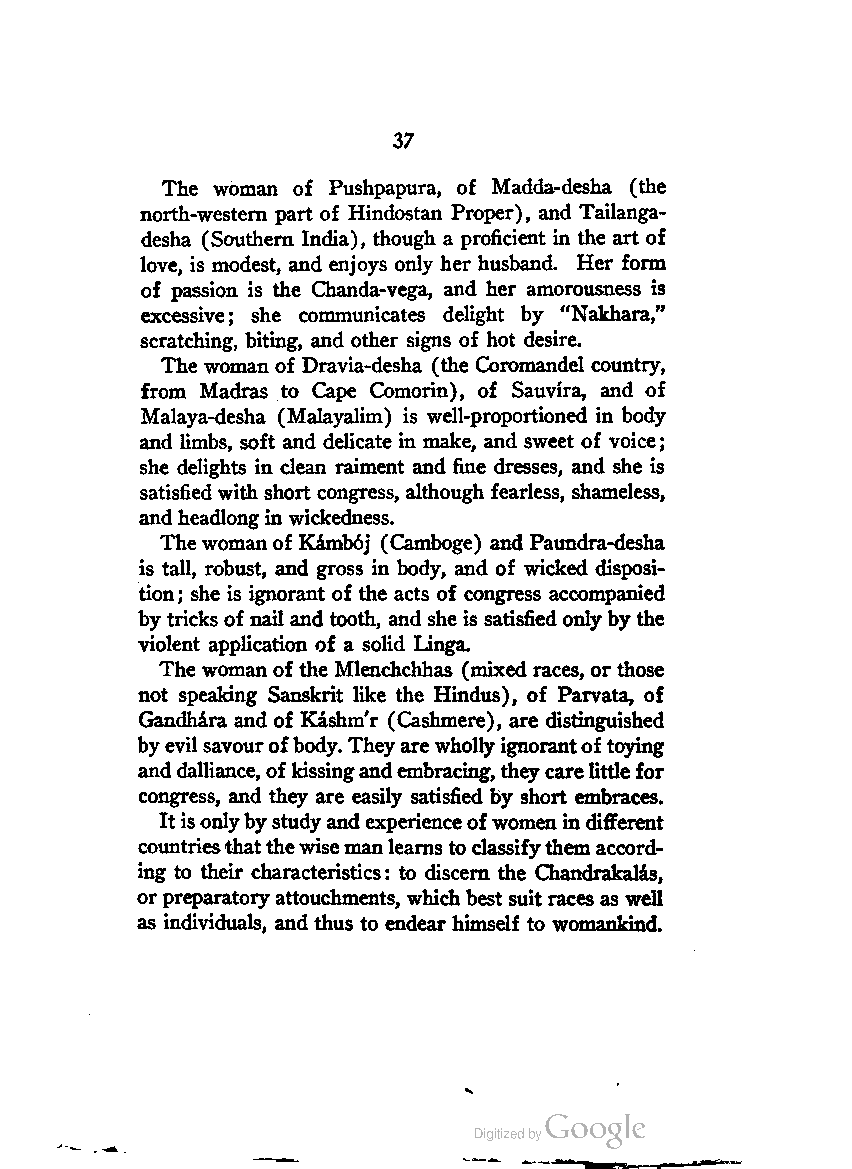
37
 The woman of Pushpapura, of Madda-desha (the
 north-western part of Hindostan Proper), and Tailanga-
 desha (Southern India), though a proficient in the art of
 love, is modest, and enjoys only her husband. Her form
 of passion is the Chanda-vega, and her amorousness is
 excessive; she communicates delight by "Nakhara,"
 scratching, biting, and other signs of hot desire.
 The woman of Dravia-desha (the Coromandel country,
 from Madras to Cape Comorin), of Sauvira, and of
 Malaya-desha (Malayalim) is well-proportioned in body
 and limbs, soft and delicate in make, and sweet of voice;
 she delights in clean raiment and fine dresses, and she is
 satisfiedwith short congress, although fearless, shameless,
 andheadlongin wickedness.
 Thewomanof Kamboj (Camboge) and Paundra-desha
 is tall, robust, and gross in body, and of wicked disposi
 tion; she is ignorant of the acts of congress accompanied
 by tricks ofnail and tooth, and she is satisfied only by the
 violent application of a solid Linga.
 The woman ofthe Mlenchchhas (mixed races, or those
 not speaking Sanskrit like the Hindus), of Parvata, of
 Gandhara and of Kashm'r (Cashmere), are distinguished
 byevil savourofbody. Theyarewhollyignorantoftoying
 anddalliance, ofkissingandembracing,theycarelittlefor
 congress, and they are easily satisfied by short embraces.
 Itisonlybystudyand experienceofwomen in different
 countriesthatthewisemanlearns to classifythemaccord
 ing to their characteristics: to discern the Chandrakalas,
 orpreparatoryattouchments, whichbest suit races as well
 as individuals, and thus to endear himself to womankind.